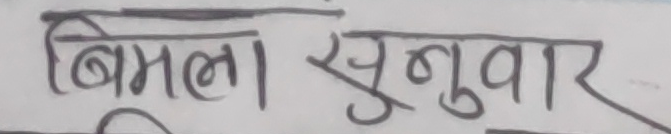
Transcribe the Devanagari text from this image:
बिमला सुनुवार